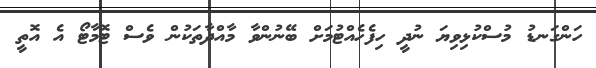
ހަންގަނޑު މުސްކުޅިވިޔަ ނުދީ ހިފެހެއްޓުމަށް ބޭނުންވާ މާއްދާތަކުން ވެސް ޓޮމާޓޯ އެ އޮތީ